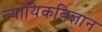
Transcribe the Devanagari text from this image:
न्यायिकविज्ञान